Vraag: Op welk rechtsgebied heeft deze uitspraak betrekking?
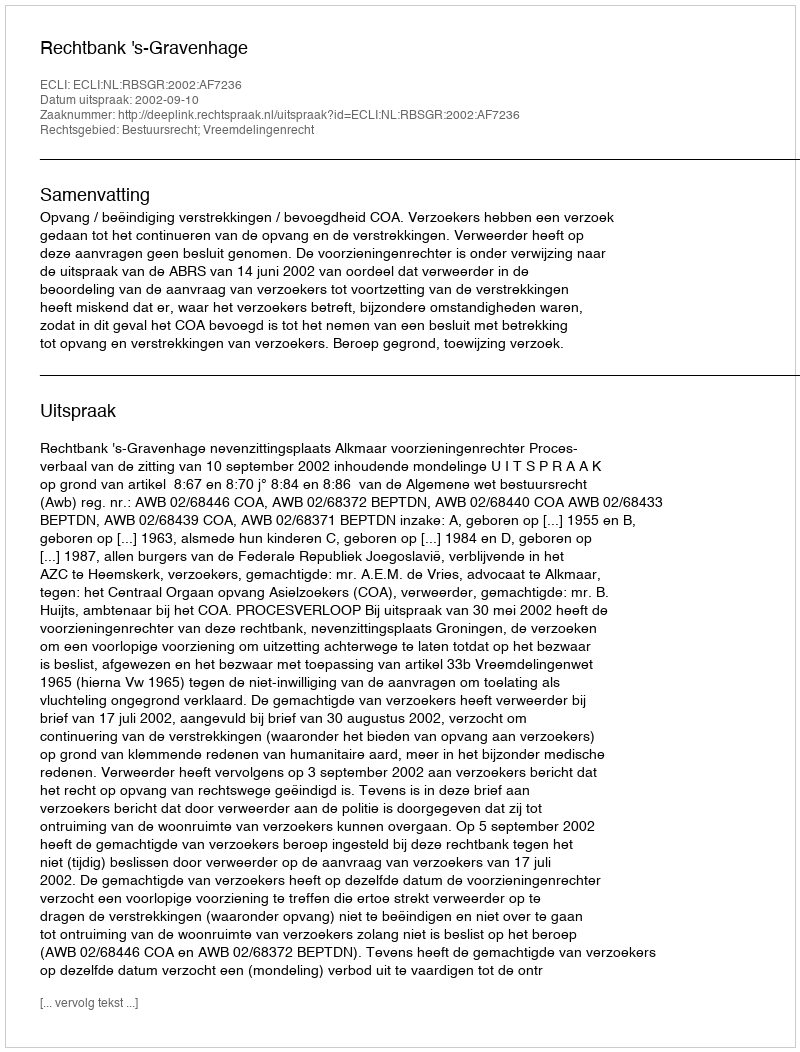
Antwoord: Bestuursrecht; Vreemdelingenrecht